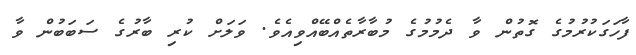
ފާހަގަކުރުމުގެ ގޮތުން ވާ ދެމުމުގެ މުބާރާތެއްބޭއްވިއެވެ. ވަލަށް ކުރި ބާރުގެ ސަބަބުން ވާ